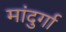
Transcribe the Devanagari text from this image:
मांदुर्गा